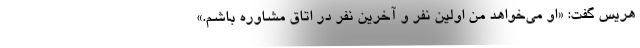
هریس گفت: «او می‌خواهد من اولین نفر و آخرین نفر در اتاق مشاوره باشم.»